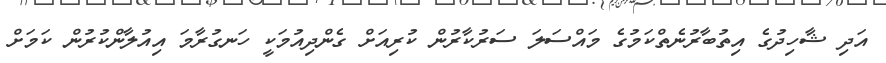
އަދި ޝާހިދުގެ އިތުބާރުނެތްކަމުގެ މައްސަލަ ސަރުކާރުން ކުރިއަށް ގެންދިއުމަކީ ހަނގުރާމަ އިއުލާންކުރުން ކަމަށް